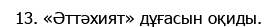
13. «Әттәхият» дұғасын оқиды.